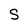
Character: S